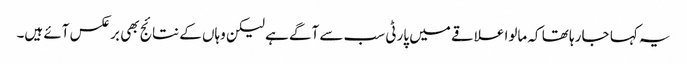
یہ کہا جا رہا تھا کہ مالوا علاقے میں پارٹی سب سے آگے ہے لیکن وہاں کے نتائج بھی برعکس آئے ہیں۔